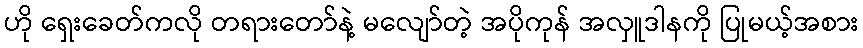
ဟို ရှေးခေတ်ကလို တရားတော်နဲ့ မလျော်တဲ့ အပိုကုန် အလှူဒါနကို ပြုမယ့်အစား